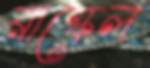
রাস্কেল